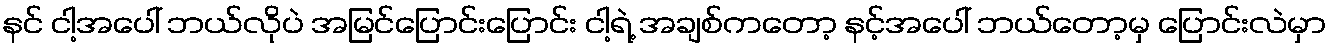
နင် ငါ့အပေါ် ဘယ်လိုပဲ အမြင်ပြောင်းပြောင်း ငါ့ရဲ့ အချစ်ကတော့ နင့်အပေါ် ဘယ်တော့မှ ပြောင်းလဲမှာ